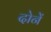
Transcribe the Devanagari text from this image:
दोनें